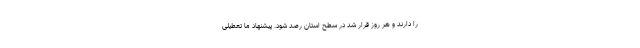
را دارند و هر روز قرار شد در سطح استان رصد شود. پیشنهاد ما تعطیلی